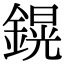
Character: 鎤